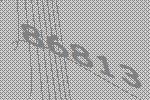
86813